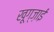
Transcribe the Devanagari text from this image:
खूग्ज़ाई